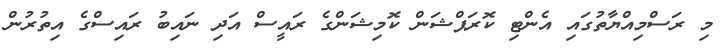
މި ރަސްމިއްޔާތުގައި އެންޓި ކޮރަޕްޝަން ކޮމިޝަންގެ ރައީސް އަދި ނައިބު ރައިސްގެ އިތުރުން